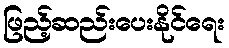
ဖြည့်ဆည်းပေးနိုင်ရေး